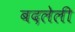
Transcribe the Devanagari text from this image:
बदलेली